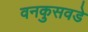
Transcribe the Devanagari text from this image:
वनकुसवडे